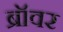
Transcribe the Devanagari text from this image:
ब्रॉवर